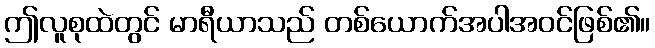
ဤလူစုထဲတွင် မာရီယာသည် တစ်ယောက်အပါအဝင်ဖြစ်၏။